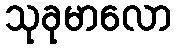
သုခုမာလော